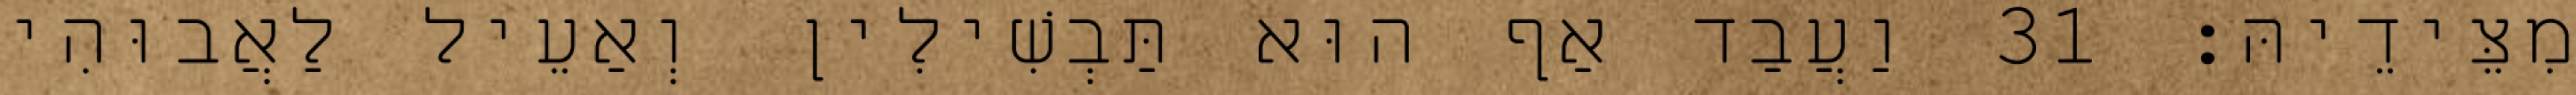
מִצֵּידֵיהּ׃ 31 וַעֲבַד אַף הוּא תַּבְשִׁילִין וְאַעֵיל לַאֲבוּהִי